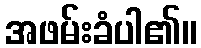
အဖမ်းခံပါ၏။